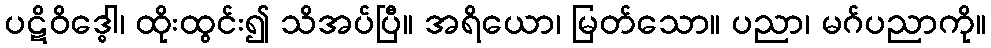
ပဋိဝိဒ္ဓေါ၊ ထိုးထွင်း၍ သိအပ်ပြီ။ အရိယော၊ မြတ်သော။ ပညာ၊ မဂ်ပညာကို။